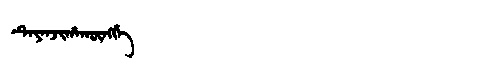
Manchu: ᡨᡝᠶᡝᠨᠵᡳᡥᠠᡴᡡᠩᡤᡝ
Romanization: TEYENJIHAKŪNGGE